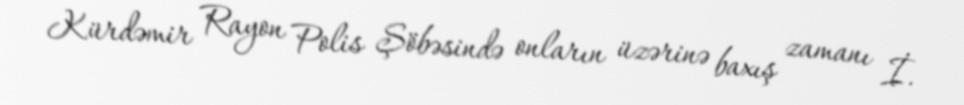
Kürdəmir Rayon Polis Şöbəsində onların üzərinə baxış zamanı İ.